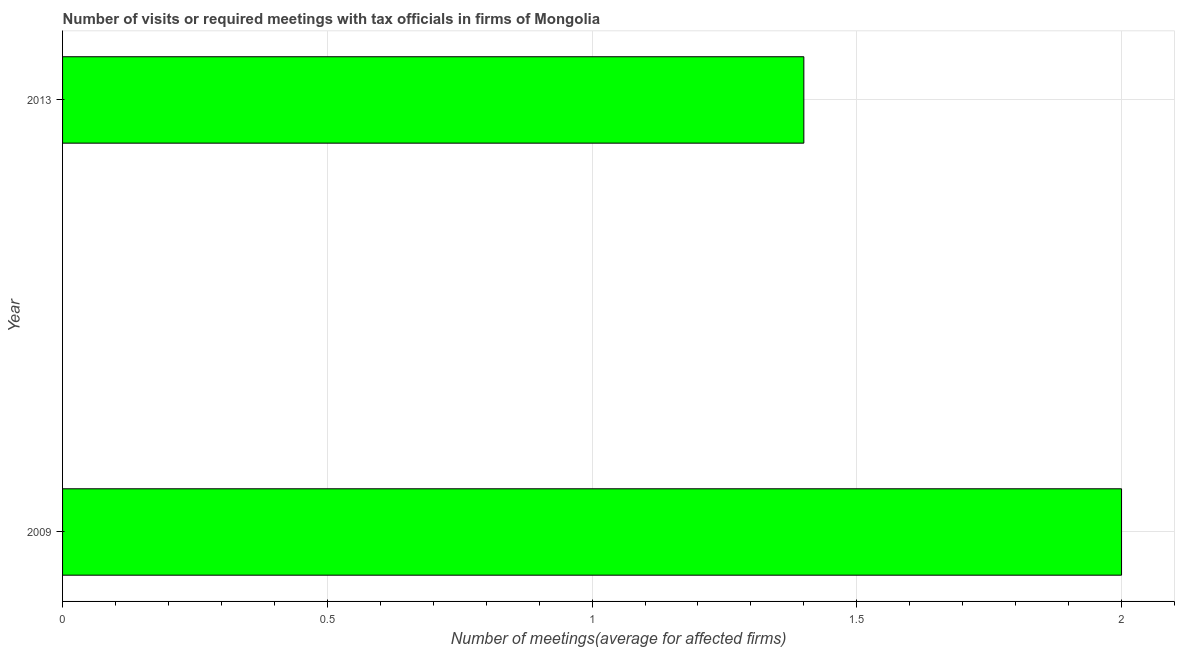
| Year | Meetings with tax officials |
 | --- | --- |
 | 2009 | 2 |
 | 2013 | 1.4 |